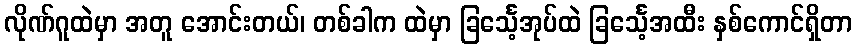
လိုဏ်ဂူထဲမှာ အတူ အောင်းတယ်၊ တစ်ခါက ထဲမှာ ခြင်္သေ့အုပ်ထဲ ခြင်္သေ့အထီး နှစ်ကောင်ရှိတာ